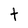
Character: t